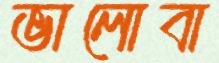
ভালোবা